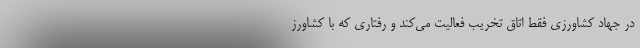
در جهاد کشاورزی فقط اتاق تخریب فعالیت می‌کند و رفتاری که با کشاورز